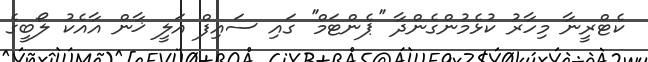
ކެޓްރީނާ މިހާރު ކުޅެމުންގެންދާ ''ޕެންޓަމް'' ގައި ސައިފް އަލީ ޚާން އާއެކު ލޯބީގެ